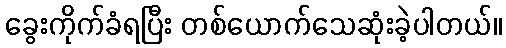
ခွေးကိုက်ခံရပြီး တစ်ယောက်သေဆုံးခဲ့ပါတယ်။